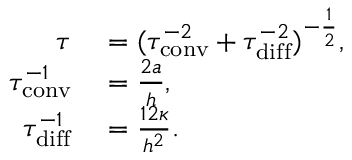
\begin{array} { r l } { \tau } & { { } = ( \tau _ { \mathrm { c o n v } } ^ { - 2 } + \tau _ { \mathrm { d i f f } } ^ { - 2 } ) ^ { - \frac { 1 } { 2 } } , } \\ { \tau _ { \mathrm { c o n v } } ^ { - 1 } } & { { } = \frac { 2 a } { h } , } \\ { \tau _ { \mathrm { d i f f } } ^ { - 1 } } & { { } = \frac { 1 2 \kappa } { h ^ { 2 } } . } \end{array}